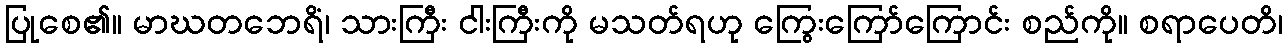
ပြုစေ၏။ မာဃတဘေရိံ၊ သားကြီး ငါးကြီးကို မသတ်ရဟု ကြွေးကြော်ကြောင်း စည်ကို။ စရာပေတိ၊